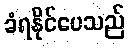
ခံရနိုင်ပေသည်